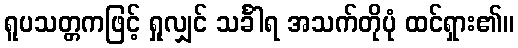
ရူပသတ္တကဖြင့် ရှုလျှင် သင်္ခါရ အသက်တိုပုံ ထင်ရှား၏။